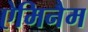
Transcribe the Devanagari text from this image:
ऐमिनैम